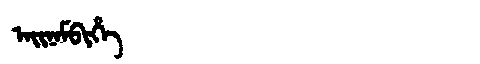
Manchu: ᠠᡳᠨᠠᠮᠪᡳᡥᡝ
Romanization: AINAMBIHE